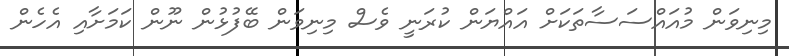
މިނިވަން މުއައްސަސާތަކަށް އައްޔަން ކުރަނީ ވެސް މިނިވަން ބޭފުޅުން ނޫން ކަމަށާއި އެހެން